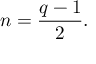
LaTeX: n = { \frac { q - 1 } { 2 } } .